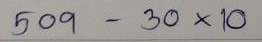
509 - 30 x 10